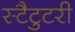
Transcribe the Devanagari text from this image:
स्टैटुटरी